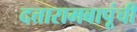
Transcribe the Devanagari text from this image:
दत्तारामबापूंची